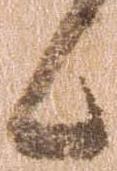
候